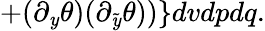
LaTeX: +(\partial_{\mathit{y}}\theta)(\partial_{\tilde{{\mathit{y}}}}\theta))\} dvdpdq.